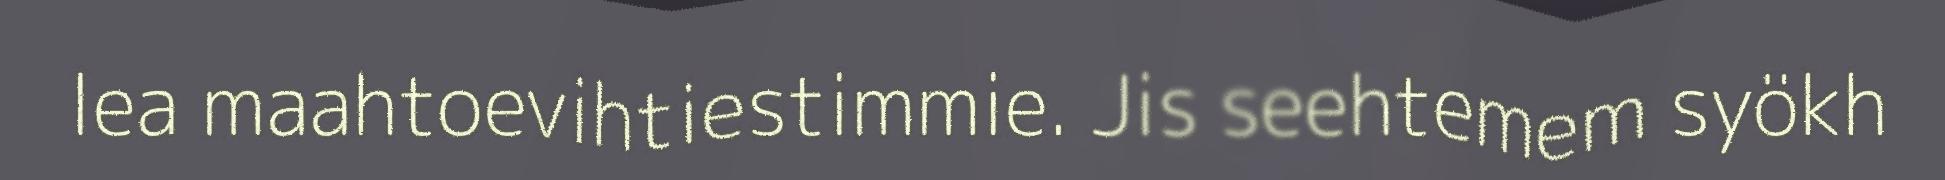
lea maahtoevihtiestimmie. Jis seehtemem syökh